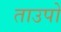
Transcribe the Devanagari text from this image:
ताउपो